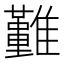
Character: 𩁤